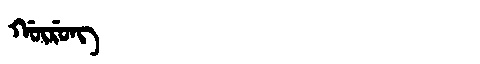
Manchu: ᡤᡡᡵᡠᠩ
Romanization: GŪRUNG